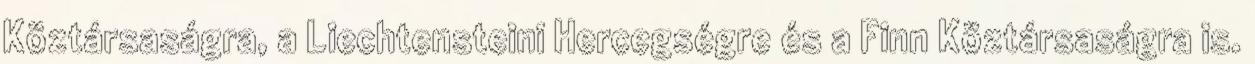
Köztársaságra, a Liechtensteini Hercegségre és a Finn Köztársaságra is.